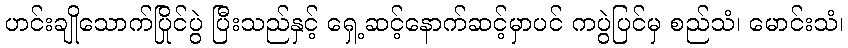
ဟင်းချိုသောက်ပြိုင်ပွဲ ပြီးသည်နှင့် ရှေ့ဆင့်နောက်ဆင့်မှာပင် ကပွဲပြင်မှ စည်သံ၊ မောင်းသံ၊